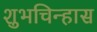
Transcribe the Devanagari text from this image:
शुभचिन्हास